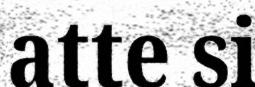
atte si